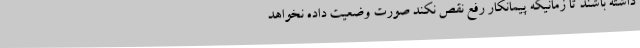
داشته باشند تا زمانیکه پیمانکار رفع نقص نکند صورت وضعیت داده نخواهد